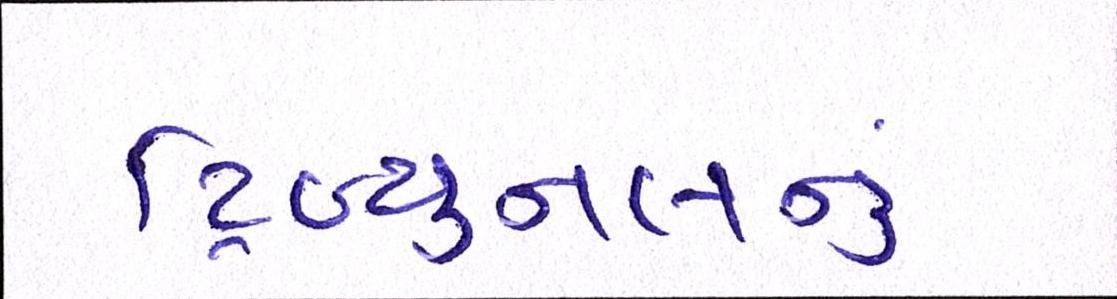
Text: ટ્રિબ્યુનલનું